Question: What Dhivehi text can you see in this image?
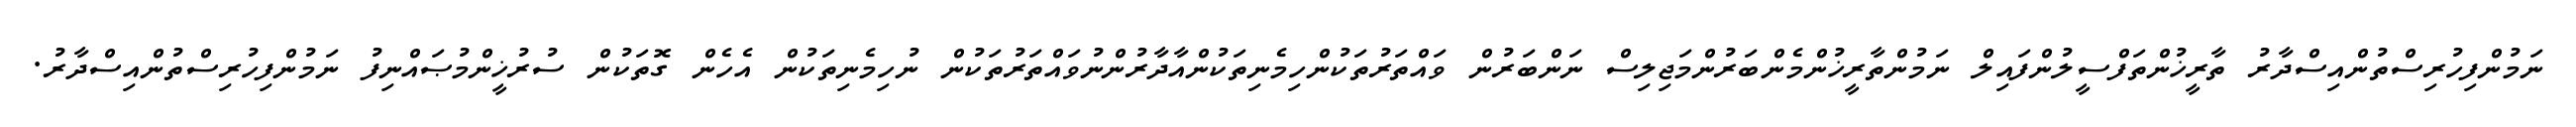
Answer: ނަމުންފިހުރިސްތުންއިސްދާރު ތާރީޚުންތަފްސީލުންފައިލް ނަމުންތާރީޚުންމެންބަރުންމަޖިލިސް ނަންބަރުން ވައްތަރުތަކުންހިމެނިތަކުންއާދާރުންނުވައްތަރުތަކުން ނުހިމެނިތަކުން އެހެން ގޮތަކުން ސުރުޚީންމުޞައްނިފު ނަމުންފިހުރިސްތުންއިސްދާރު.